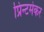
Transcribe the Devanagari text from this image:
प्रिन्टमेकर